Plague in India, 1896, 1897 - Volume 3
Year: 1896
Disease focus: Plague
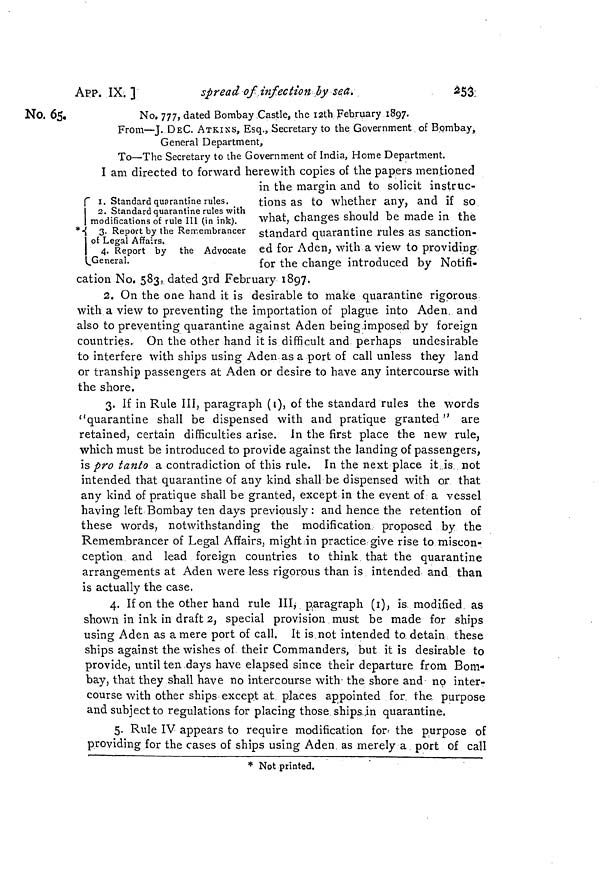
APP. IX. ]
spread of infection /by sea.
253:
No. 65.
No. 777, dated Bombay Castle, the i2th February 1897.
From—J. DEC. ATKINS, Esq., Secretary to the Government of Bombay,
General Department,
To—The Secretary to the Government of India, Home Department.
I. Standard quarantine rules,
.
Standard quarantine rules with
modifications of rule III (in ink).
3. Report by the Remembrancer
J of Legal Affairs.
I 4. Report by the Advocatê
General.
I am directed to forward herewith copies of the papers mentioned
in the margin and to solicit instruc-
tions as to whether any, and if so.
what, changes should be made in the
standard quarantine rules as sanction-
ed for Aden, with a view to providing
for the change introduced by Notifi-
cation No, 583, dated 3rd February 1897.
2. On the one hand it is desirable to make quarantine rigorous
with a view to preventing the importation of plague into Aden, and
also to preventing quarantine against Aden being imposed by foreign
countries. On the other hand it is difficult and perhaps undesirable
to interfere with ships using Aden as a port of call unless they land
or tranship passengers at Aden or desire to have any intercourse with
the shore.
3. If in Rule III, paragraph (i), of the standard rules the words
"quarantine shall be dispensed with and pratique granted" are
retained, certain difficulties arise. In the first place the new rule,
which must be introduced to provide against the landing of passengers,
is pro tanto a contradiction of this rule. In the next place it is not
intended that quarantine of any kind shall be dispensed with or that
any kind of pratique shall be granted, except in the event of a vessel
having left Bombay ten days previously : and hence the retention of
these words, notwithstanding the modification proposed by the
Remembrancer of Legal Affairs, might in practice give rise to miscon-
ception and lead foreign countries to think that the quarantine
arrangements at Aden were less rigorous than is intended and than
is actually the case.
4. If on the other hand rule III, paragraph (i), is, modified as
shown in ink in draft 2, special provision. must be made for ships
using Aden as a mere port of call. It is not intended to detain these
ships against the wishes of their Commanders, but it is desirable to
provide, until ten days have elapsed since their departure from Bom-
bay, that they shall have no intercourse with- the shore and no inter-
course with other ships except at places appointed for, the purpose
and subject to regulations for placing those shipsjn quarantine.
5. Rule IV appears to require modification for- the purpose of
providing for the cases of ships using Aden as merely a port of call
* Not printed.